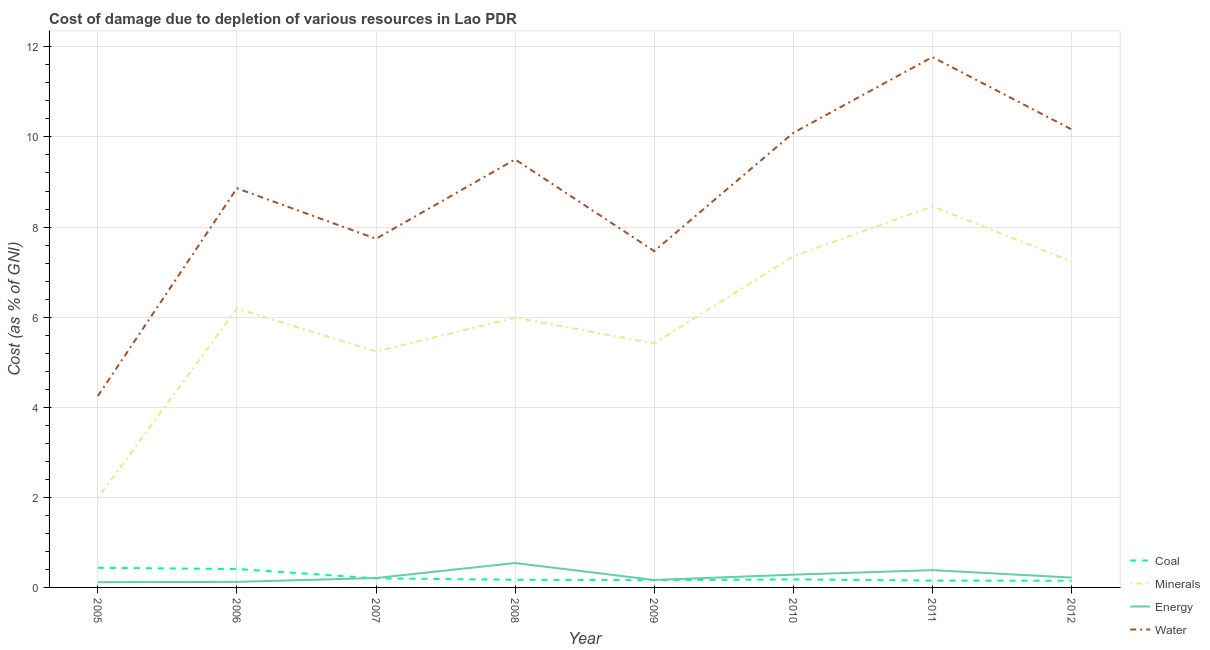
| Year | Coal | Minerals | Energy | Water |
 | --- | --- | --- | --- | --- |
 | 2005 | 0.435 | 1.99 | 0.116 | 4.25 |
 | 2006 | 0.409 | 6.19 | 0.123 | 8.86 |
 | 2007 | 0.202 | 5.24 | 0.209 | 7.74 |
 | 2008 | 0.17 | 5.99 | 0.542 | 9.5 |
 | 2009 | 0.16 | 5.42 | 0.165 | 7.47 |
 | 2010 | 0.178 | 7.35 | 0.283 | 10.1 |
 | 2011 | 0.152 | 8.46 | 0.384 | 11.8 |
 | 2012 | 0.148 | 7.24 | 0.219 | 10.2 |